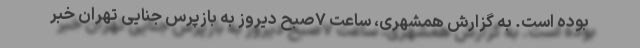
بوده است. به گزارش همشهری، ساعت ۷صبح دیروز به بازپرس جنایی تهران خبر